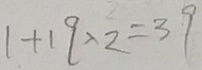
1 + 1 9 \times 2 = 3 9